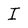
Character: I